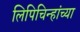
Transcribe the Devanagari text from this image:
लिपिचिन्हांच्या